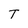
Character: T